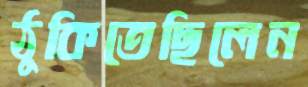
ঠুকিতেছিলেন